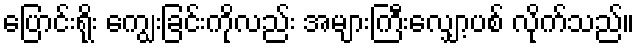
ပြောင်းရိုး ကျွေးခြင်းကိုလည်း အများကြီးလျှော့ပစ် လိုက်သည်။